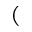
(